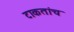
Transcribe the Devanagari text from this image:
टाकतांच